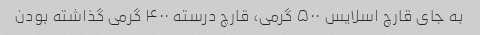
به جای قارچ اسلایس ۵۰۰ گرمی، قارچ درسته ۴۰۰ گرمی گذاشته بودن